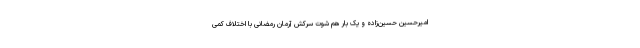
امیرحسین حسین‌زاده و یک بار هم شوت سرکش آرمان رمضانی با اختلاف کمی